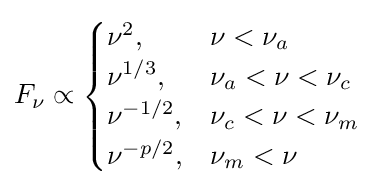
F_{\nu }\propto {\begin{cases}{\nu ^{2}},&\nu <\nu _{a}\\{\nu ^{1/3}},&\nu _{a}<\nu <\nu _{c}\\{\nu ^{-1/2}},&\nu _{c}<\nu <\nu _{m}\\{\nu ^{-p/2}},&\nu _{m}<\nu \end{cases}}